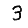
Digit: 3